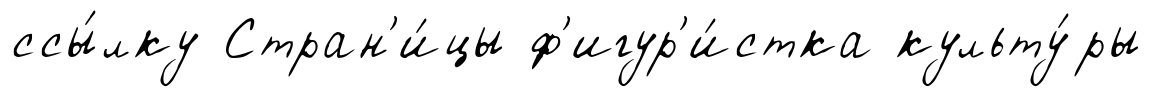
ссы́лку Стран'и́цы ф'игур'и́стка культу́ры